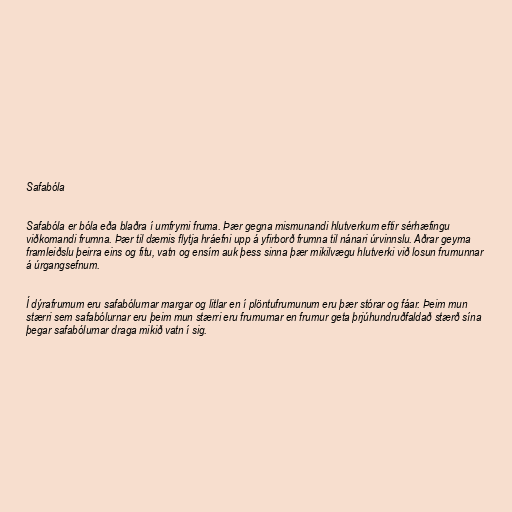
Safabóla

Safabóla er bóla eða blaðra í umfrymi fruma. Þær gegna mismunandi hlutverkum eftir sérhæfingu
viðkomandi frumna. Þær til dæmis flytja hráefni upp á yfirborð frumna til nánari úrvinnslu. Aðrar geyma
framleiðslu þeirra eins og fitu, vatn og ensím auk þess sinna þær mikilvægu hlutverki við losun frumunnar
á úrgangsefnum.

Í dýrafrumum eru safabólurnar margar og litlar en í plöntufrumunum eru þær stórar og fáar. Þeim mun
stærri sem safabólurnar eru þeim mun stærri eru frumurnar en frumur geta þrjúhundruðfaldað stærð sína
þegar safabólurnar draga mikið vatn í sig.